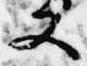
又